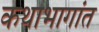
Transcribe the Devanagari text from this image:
कथाभागांत